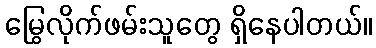
မြွေလိုက်ဖမ်းသူတွေ ရှိနေပါတယ်။